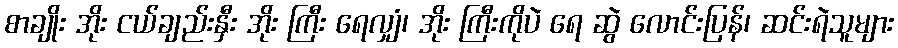
စာချိုး အိုး ငယ်ချည်းနှီး အိုး ကြီး ရေလျှံ၊ အိုး ကြီးကိုပဲ ရေ ဆွဲ လောင်းပြန်၊ ဆင်းရဲသူများ